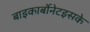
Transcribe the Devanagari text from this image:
बाइकार्बोनेटइसके